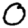
Digit: 0